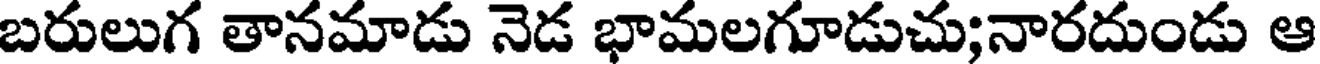
బరులుగ తానమాడు నెడ భామలగూడుచు;నారదుండు ఆ